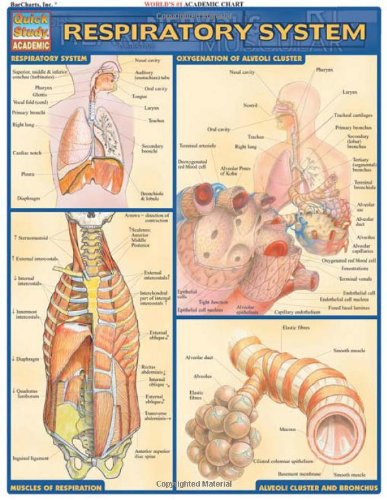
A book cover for Respiratory System (Quickstudy: Academic); Inc. BarCharts; Health, Fitness & Dieting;